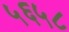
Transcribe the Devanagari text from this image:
५६५८